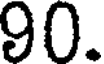
90.